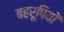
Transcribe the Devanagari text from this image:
बहरूपियों